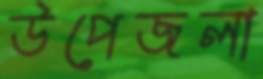
উপেজলা